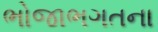
ભોજાભગતના